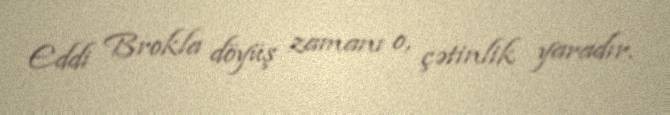
Eddi Brokla döyüş zamanı o, çətinlik yaradır.